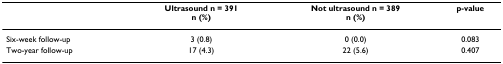
<table><thead><tr><td></td><td><b>Ultrasound n = 391n (%)</b></td><td><b>Not ultrasound n = 389n (%)</b></td><td><b>p-value</b></td></tr></thead><tbody><tr><td>Six-week follow-up</td><td>3 (0.8)</td><td>0 (0.0)</td><td>0.083</td></tr><tr><td>Two-year follow-up</td><td>17 (4.3)</td><td>22 (5.6)</td><td>0.407</td></tr></tbody></table>